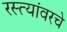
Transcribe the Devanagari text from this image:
रस्त्यांवरचे